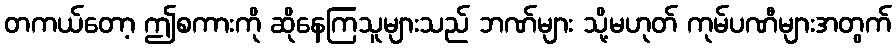
တကယ်တော့ ဤစကားကို ဆိုနေကြသူများသည် ဘဏ်များ သို့မဟုတ် ကုမ်ပဏီများအတွက်